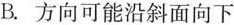
B.方向可能沿斜面向下